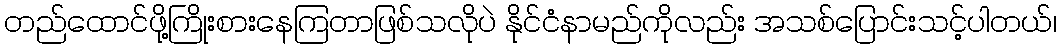
တည်ထောင်ဖို့ကြိုးစားနေကြတာဖြစ်သလိုပဲ နိုင်ငံနာမည်ကိုလည်း အသစ်ပြောင်းသင့်ပါတယ်၊